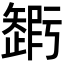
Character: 𥐃